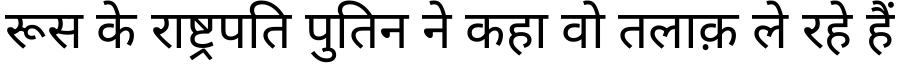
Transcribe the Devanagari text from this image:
रूस के राष्ट्रपति पुतिन ने कहा वो तलाक़ ले रहे हैं